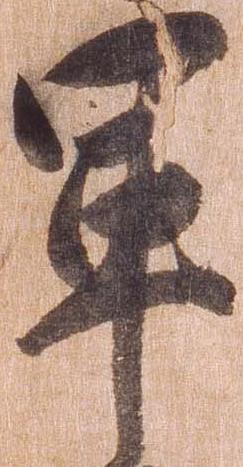
軍